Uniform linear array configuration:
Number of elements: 4
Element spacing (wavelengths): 0.5
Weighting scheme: kaiser
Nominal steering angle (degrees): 60
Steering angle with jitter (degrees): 61.142
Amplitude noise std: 0.05
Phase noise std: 0.05

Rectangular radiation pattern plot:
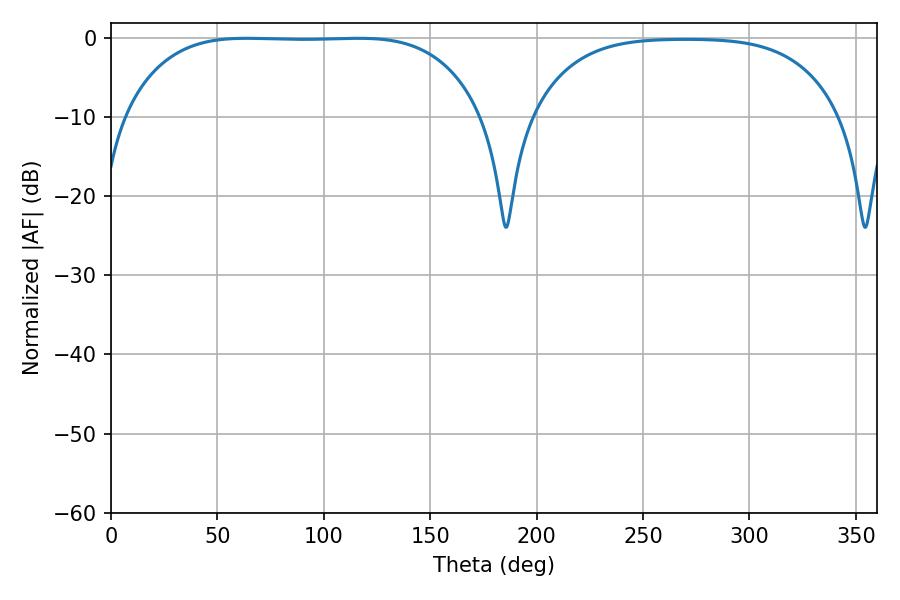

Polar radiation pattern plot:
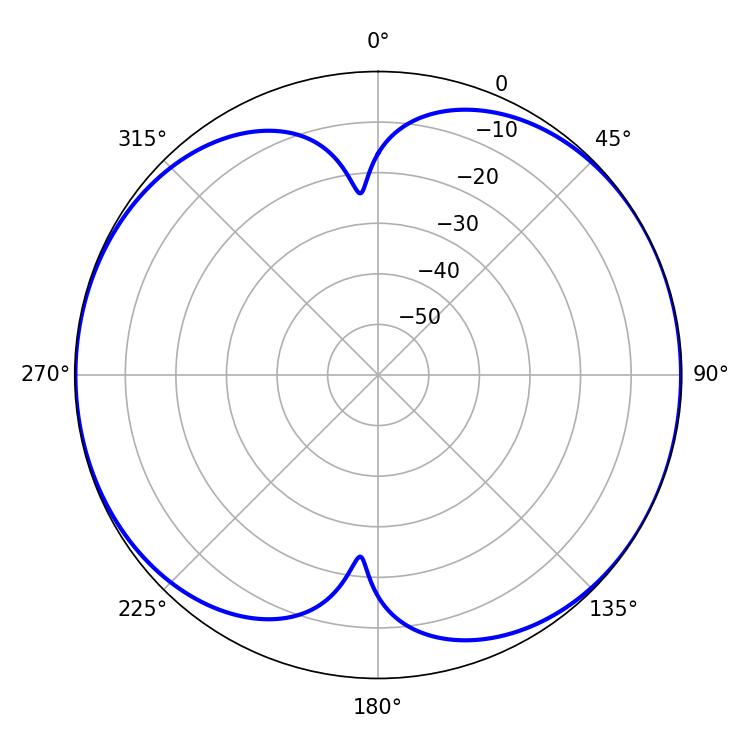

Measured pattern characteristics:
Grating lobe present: FALSE
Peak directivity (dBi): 8.299
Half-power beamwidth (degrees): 129.96
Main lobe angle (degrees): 63.72